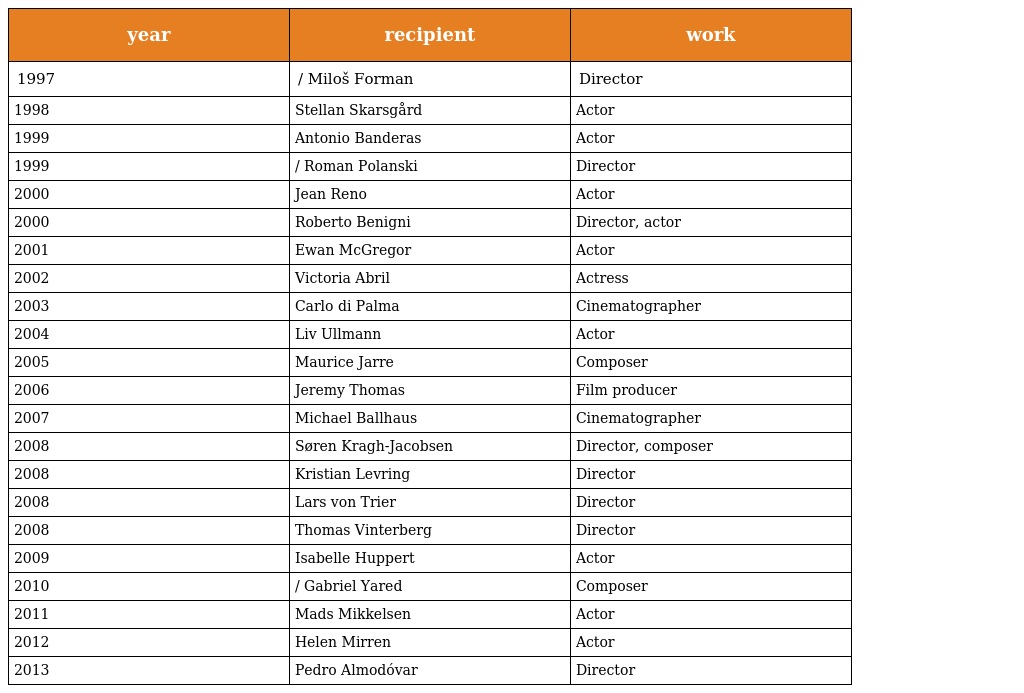
| year | recipient | work |
 | --- | --- | --- |
 | 1997 | / Miloš Forman | Director |
 | 1998 | Stellan Skarsgård | Actor |
 | 1999 | Antonio Banderas | Actor |
 | 1999 | / Roman Polanski | Director |
 | 2000 | Jean Reno | Actor |
 | 2000 | Roberto Benigni | Director, actor |
 | 2001 | Ewan McGregor | Actor |
 | 2002 | Victoria Abril | Actress |
 | 2003 | Carlo di Palma | Cinematographer |
 | 2004 | Liv Ullmann | Actor |
 | 2005 | Maurice Jarre | Composer |
 | 2006 | Jeremy Thomas | Film producer |
 | 2007 | Michael Ballhaus | Cinematographer |
 | 2008 | Søren Kragh-Jacobsen | Director, composer |
 | 2008 | Kristian Levring | Director |
 | 2008 | Lars von Trier | Director |
 | 2008 | Thomas Vinterberg | Director |
 | 2009 | Isabelle Huppert | Actor |
 | 2010 | / Gabriel Yared | Composer |
 | 2011 | Mads Mikkelsen | Actor |
 | 2012 | Helen Mirren | Actor |
 | 2013 | Pedro Almodóvar | Director |